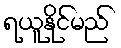
ရယူနိုင်မည်